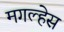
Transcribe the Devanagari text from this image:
मगल्हेस